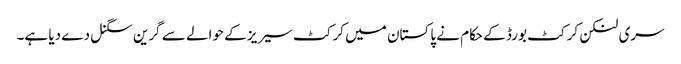
سری لنکن کرکٹ بورڈ کے حکام نے پاکستان میں کرکٹ سیریز کے حوالے سے گرین سگنل دے دیا ہے۔